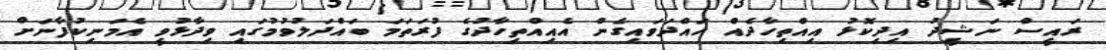
ރައީސް ނަޝީދު އިދިކޮޅު އިއްތިހާދެއް ހައްދަވައިގެން އެއިއްތިހާދުގެ ފުރަތަމަ ބައްދަލުވުމުގައި ވިދާޅުވީ އެމަނިކުފާނަށް